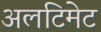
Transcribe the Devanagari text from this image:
अलटिमेट